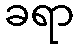
ခရာ